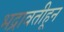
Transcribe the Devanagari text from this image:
भद्रावतीहून